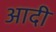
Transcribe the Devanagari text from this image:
अादी